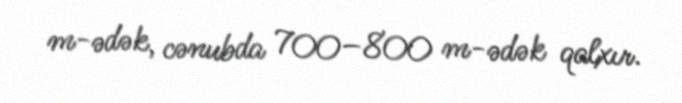
m-ədək, cənubda 700–800 m-ədək qalxır.